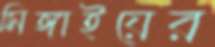
সিঙ্গাইয়ের